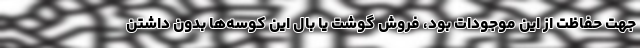
جهت حفاظت از این موجودات بود، فروش گوشت یا بال این کوسه‌ها بدون داشتن